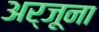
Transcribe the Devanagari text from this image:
अर्जूना